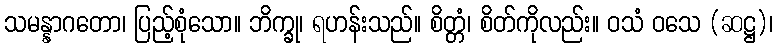
သမန္နာဂတော၊ ပြည့်စုံသော။ ဘိက္ခု၊ ရဟန်းသည်။ စိတ္တံ၊ စိတ်ကိုလည်း။ ဝသံ ဝသေ (ဆဋ္ဌ)၊